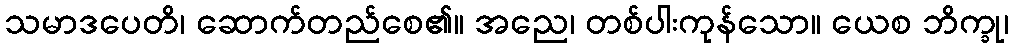
သမာဒပေတိ၊ ဆောက်တည်စေ၏။ အညေ၊ တစ်ပါးကုန်သော။ ယေစ ဘိက္ခု၊